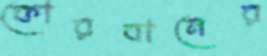
কোরবানের